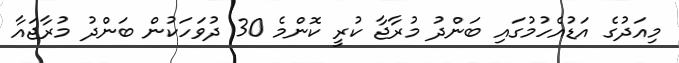
މިއަދުގެ އަޑުއެހުމުގައި ބަންދު މުރާޖާ ކުރީ ކޮންމެ 30 ދުވަހަކުން ބަންދު މުރާޖައާ